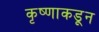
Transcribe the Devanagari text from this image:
कृष्णाकडून